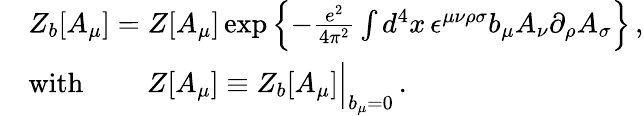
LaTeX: \begin{array}{rl}&{Z_{b}[A_{\mu}]=Z[A_{\mu}]\exp{\left\{ -\frac{e^{2}}{4\pi^{2}}\int d^{4}x\, \epsilon^{\mu\nu\rho\sigma}b_{\mu}A_{\nu}\partial_{\rho}A_{\sigma}\right\} }\, ,}\\ &{\mathrm{with}\quad\quad\ Z[A_{\mu}]\equiv Z_{b}[A_{\mu}]\Big|_{b_{\mu}=0}\, .}\end{array}